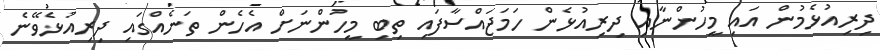
ދިރިއުޅެމުން އައި މީހުންނާއި ދިރިއުޅެން ހަމަޖައްސާފައި ތިބި މީހުންނަށް އެހެން ތަނެއްގައި ދިރިއުޅެވޭނެ